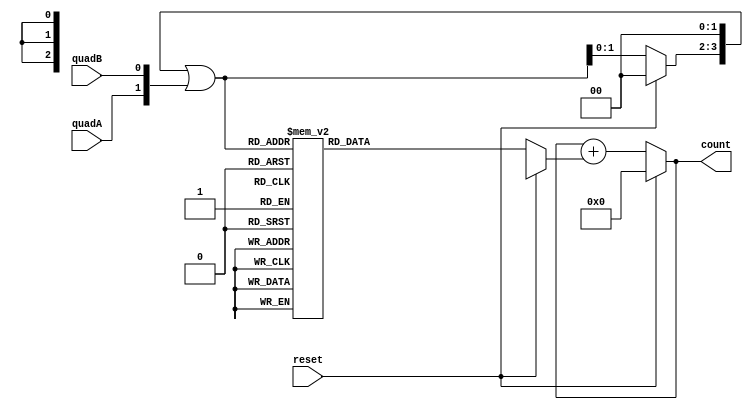
module quadrature_decode(
    reset,
    quadA, 
    quadB, 
    count
);
    input reset, quadA, quadB;
    output [7:0] count;

    reg [3:0] combined; // previous & current readings
    reg [7:0] total;
    reg [2:0] num;

    always @ ( * )
    begin
        if (reset) begin
            combined = 4'b0000;
            total = 0;
            num = 0;
        end
        else begin
            // combine current with previous
            // left shift 
            combined = combined << 2;
            combined = combined | {quadA, quadB};

            num = 0;
            case (combined)
                4'b0000 : num =  2'd0;
                4'b0001 : num = -2'd1;
                4'b0010 : num =  2'd1;
                4'b0011 : num =  2'd0;

                4'b0100 : num =  2'd1;
                4'b0101 : num =  2'd0;
                4'b0110 : num =  2'd0;
                4'b0111 : num = -2'd1;

                4'b1000 : num = -2'd1;
                4'b1001 : num =  2'd0;
                4'b1010 : num =  2'd0;
                4'b1011 : num =  2'd1;

                4'b1100 : num =  2'd0;
                4'b1101 : num =  2'd1;
                4'b1110 : num = -2'd1;
                4'b1111 : num =  2'd0;
            endcase
            
            
            total = $signed(total) + $signed(num);
            
            
        end
    end
    
    assign count = total;
endmodule